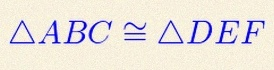
\triangle ABC\cong\triangle DEF